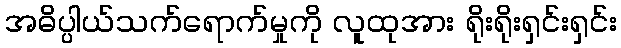
အဓိပ္ပါယ်သက်ရောက်မှုကို လူထုအား ရိုးရိုးရှင်းရှင်း